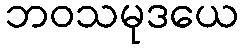
ဘဝသမုဒယေ